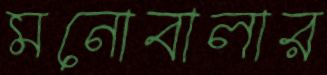
মনোবালার